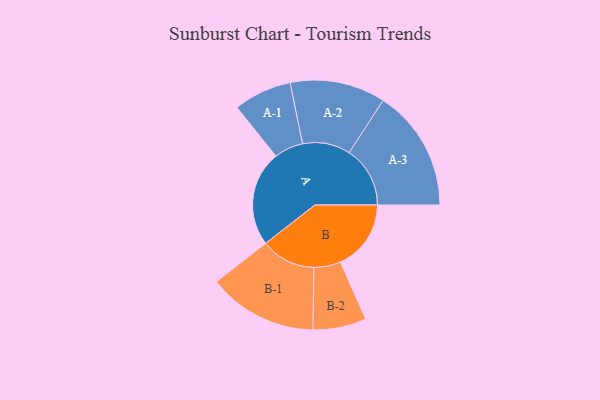
{"axis": {"x": "Segment", "y": "Value"}, "legend": ["", "A", "B"], "data": [{"x": "A", "y": 404, "type": ""}, {"x": "B", "y": 299, "type": ""}, {"x": "A-1", "y": 123, "type": "A"}, {"x": "A-2", "y": 202, "type": "A"}, {"x": "A-3", "y": 258, "type": "A"}, {"x": "B-1", "y": 232, "type": "B"}, {"x": "B-2", "y": 113, "type": "B"}]}